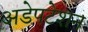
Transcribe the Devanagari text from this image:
अडेपटेशन